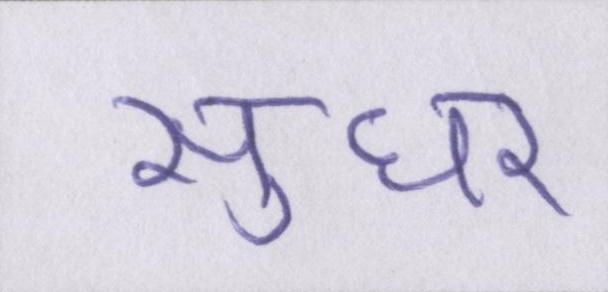
सुधर